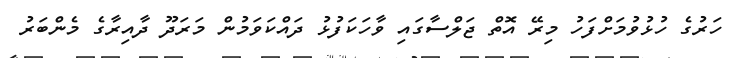
ހަރުގެ ހުޅުވުމަށްފަހު މިރޭ އޮތް ޖަލްސާގައި ވާހަކަފުޅު ދައްކަވަމުން މަރަދޫ ދާއިރާގެ މެންބަރު